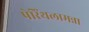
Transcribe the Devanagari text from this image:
पेरिंथलामन्ना